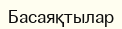
Басаяқтылар‎